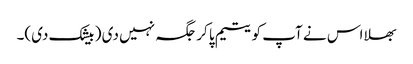
بھلا اس نے آپ کو یتیم پا کر جگہ نہیں دی ( بیشک دی)۔